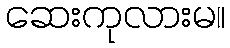
ဆေးကုလားမ။